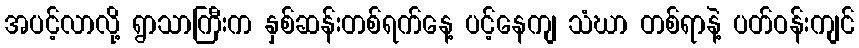
အပင့်လာလို့ ရွာသာကြီးက နှစ်ဆန်းတစ်ရက်နေ့ ပင့်နေကျ သံဃာ တစ်ရာနဲ့ ပတ်ဝန်းကျင်